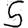
Digit: 5